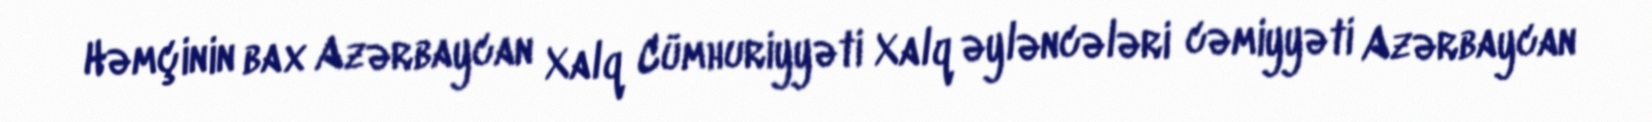
Həmçinin bax Azərbaycan Xalq Cümhuriyyəti Xalq əyləncələri cəmiyyəti Azərbaycan